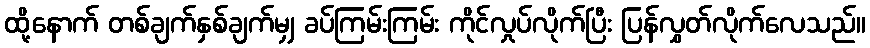
ထို့နောက် တစ်ချက်နှစ်ချက်မျှ ခပ်ကြမ်းကြမ်း ကိုင်လှုပ်လိုက်ပြီး ပြန်လွှတ်လိုက်လေသည်။